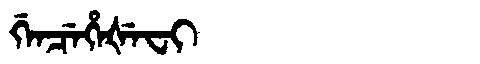
Manchu: ᡤᡝᠨᠴᡝᡥᡝᡧᡝᠸᡳ
Romanization: GENCEHEŠEFI